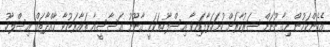
އެހެންކަމުން މިގާނޫނަށް ސަރުކާރަށް ހުށަހަޅާފައިވާ އިސްލާހުތަކަކީ ގާނޫނު އަސާސީއާ ތައާރަޒުވާ މާއްދާތައް އިސްލާހު